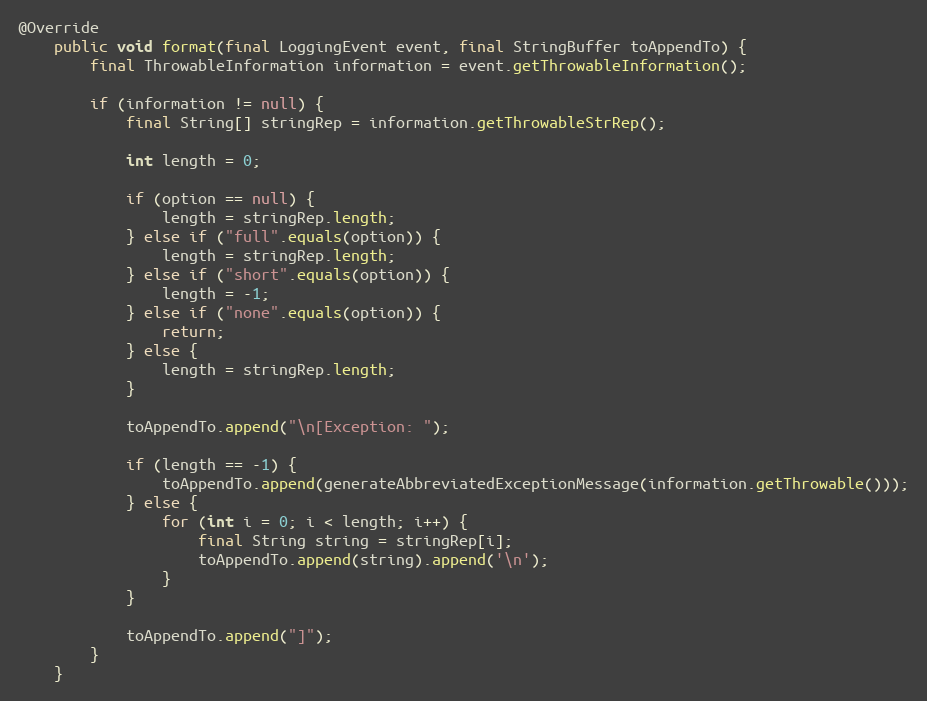
Language: Java
@Override
	public void format(final LoggingEvent event, final StringBuffer toAppendTo) {
		final ThrowableInformation information = event.getThrowableInformation();

		if (information != null) {
			final String[] stringRep = information.getThrowableStrRep();

			int length = 0;

			if (option == null) {
				length = stringRep.length;
			} else if ("full".equals(option)) {
				length = stringRep.length;
			} else if ("short".equals(option)) {
				length = -1;
			} else if ("none".equals(option)) {
				return;
			} else {
				length = stringRep.length;
			}

			toAppendTo.append("\n[Exception: ");

			if (length == -1) {
				toAppendTo.append(generateAbbreviatedExceptionMessage(information.getThrowable()));
			} else {
				for (int i = 0; i < length; i++) {
					final String string = stringRep[i];
					toAppendTo.append(string).append('\n');
				}
			}

			toAppendTo.append("]");
		}
	}